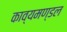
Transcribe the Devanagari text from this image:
काव्यमण्डल